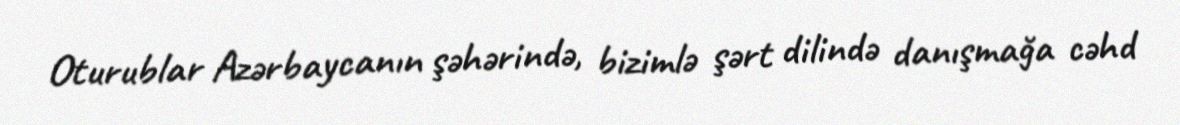
Oturublar Azərbaycanın şəhərində, bizimlə şərt dilində danışmağa cəhd